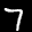
Label: 7